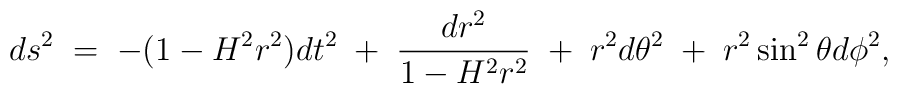
ds^{2}\;=\;-(1-H^{2}r^{2})dt^{2}\;+\;\frac{dr^{2}}{1-H^{2}r^{2}}\;+\;r^{2}d\theta^{2}\;+\;r^{2}\sin^{2}\theta d\phi^{2},